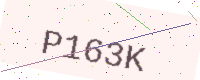
Text: P163K